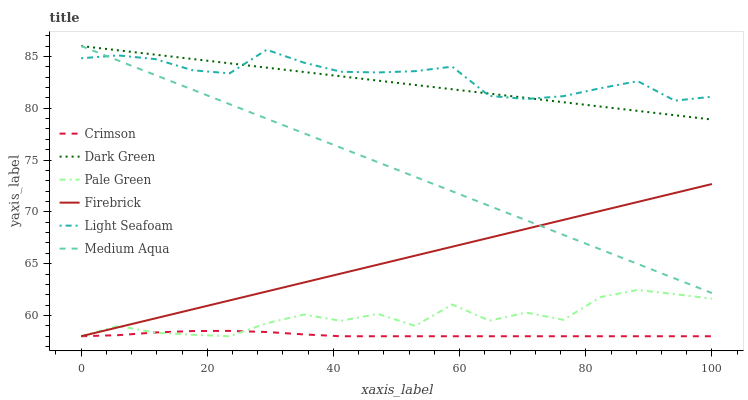
| xaxis_label | Crimson | Dark Green | Pale Green | Firebrick | Light Seafoam | Medium Aqua |
 | --- | --- | --- | --- | --- | --- | --- |
 | 0 | 58 | 86 | 58 | 58 | 84.8 | 86 |
 | 5.88 | 58.1 | 85.6 | 59 | 58.9 | 85.1 | 84.6 |
 | 11.8 | 58.4 | 85.2 | 58.3 | 59.7 | 84.7 | 83.2 |
 | 17.6 | 58.5 | 84.7 | 58.1 | 60.6 | 83.7 | 81.8 |
 | 23.5 | 58.5 | 84.3 | 58 | 61.5 | 83.4 | 80.4 |
 | 29.4 | 58.4 | 83.9 | 59.3 | 62.3 | 85.6 | 79 |
 | 35.3 | 58.2 | 83.5 | 60.1 | 63.2 | 84.4 | 77.6 |
 | 41.2 | 58 | 83.1 | 59.5 | 64 | 83.5 | 76.2 |
 | 47.1 | 58 | 82.7 | 60.2 | 64.9 | 83.4 | 74.8 |
 | 52.9 | 58 | 82.2 | 59 | 65.8 | 83.6 | 73.4 |
 | 58.8 | 58 | 81.8 | 61.1 | 66.6 | 84 | 72 |
 | 64.7 | 58 | 81.4 | 59.5 | 67.5 | 81.2 | 70.6 |
 | 70.6 | 58 | 81 | 60.3 | 68.4 | 80.9 | 69.2 |
 | 76.5 | 58 | 80.6 | 59.6 | 69.2 | 81.2 | 67.8 |
 | 82.4 | 58 | 80.2 | 61.8 | 70.1 | 81.9 | 66.4 |
 | 88.2 | 58 | 79.7 | 62.5 | 71 | 82.6 | 65 |
 | 94.1 | 58 | 79.3 | 62.1 | 71.8 | 80.7 | 63.6 |
 | 100 | 58 | 78.9 | 61.6 | 72.7 | 81.1 | 62.2 |